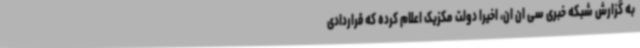
به گزارش شبکه خبری سی ان ان، اخیرا دولت مکزیک اعلام کرده که قراردادی